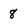
Character: 8